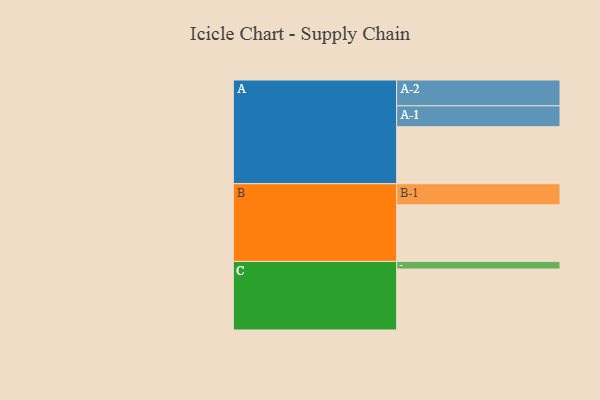
{"axis": {"x": "Segment", "y": "Value"}, "legend": ["", "A", "B", "C"], "data": [{"x": "A", "y": 495, "type": ""}, {"x": "B", "y": 491, "type": ""}, {"x": "C", "y": 529, "type": ""}, {"x": "A-1", "y": 181, "type": "A"}, {"x": "A-2", "y": 224, "type": "A"}, {"x": "B-1", "y": 183, "type": "B"}, {"x": "C-1", "y": 66, "type": "C"}]}